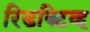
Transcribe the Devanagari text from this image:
रिडक्टिव्ह